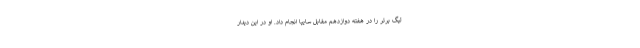
لیگ برتر را در هفته دوازدهم مقابل سایپا انجام داد. او در این دیدار